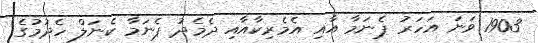
1903 ވަނަ އަހަރު ޕެނަމާ އާއި އެމެރިކާއާއި ދެމެދު ޕެނަމާ ކެނަލް ހެދުމުގެ